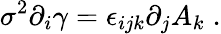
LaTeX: \sigma^{2}\partial_{i}\gamma=\epsilon_{ijk}\partial_{j}A_{k}\; .